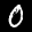
Digit: 0